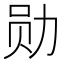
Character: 勋